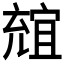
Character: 𠒩